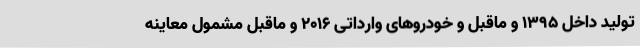
تولید داخل ۱۳۹۵ و ماقبل و خودروهای وارداتی ۲۰۱۶ و ماقبل مشمول معاینه